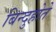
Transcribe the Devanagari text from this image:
बिन्दुहोते